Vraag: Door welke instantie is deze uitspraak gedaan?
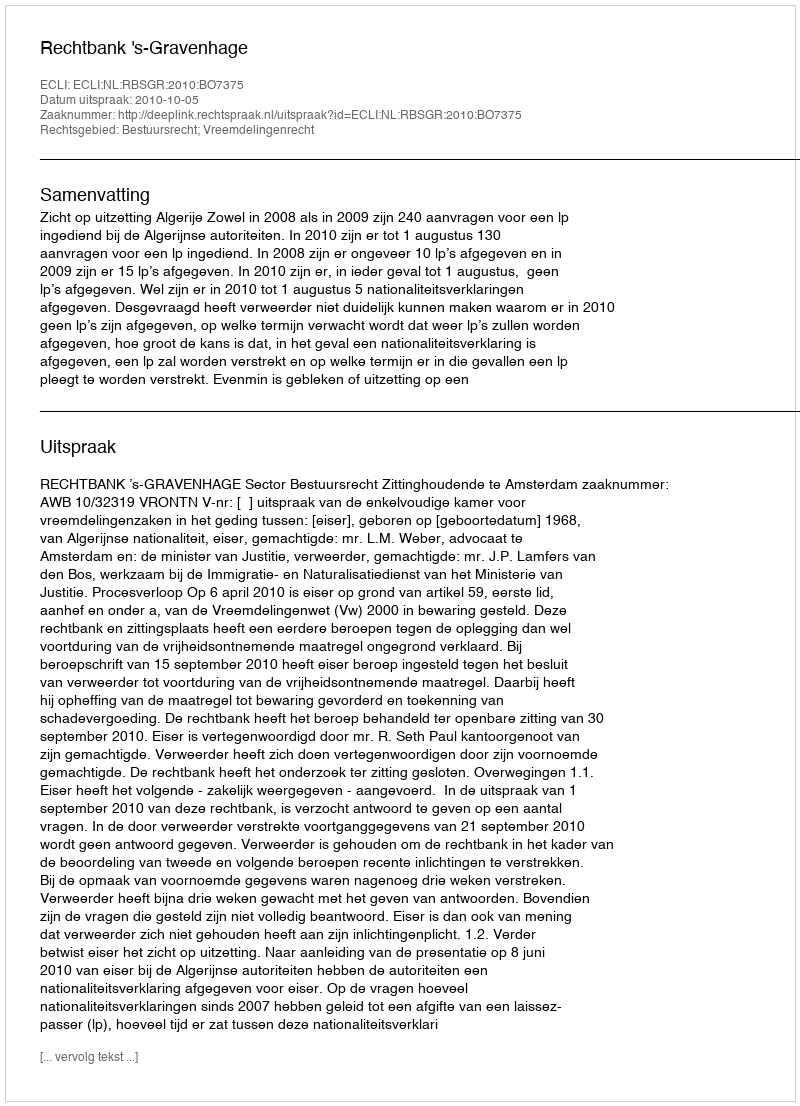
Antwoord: Rechtbank 's-Gravenhage